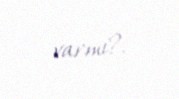
varmı?.